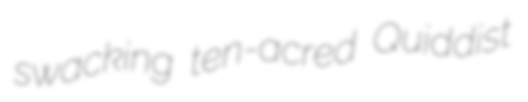
swacking ten-acred Quiddist